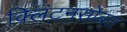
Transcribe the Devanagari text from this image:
क्लिंटनसोबत